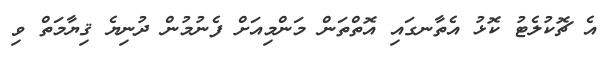
އެ ޗޮކުލެޓު ކޮޅު އެތާނގައި އޮތްތަން މަންމިއަށް ފެނުމުން ދުނިޔެ ޤިޔާމަތް ވި